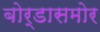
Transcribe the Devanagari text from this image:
बोर्डासमोर